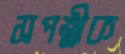
সপত্নীক